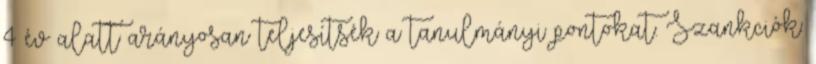
4 év alatt arányosan teljesítsék a tanulmányi pontokat. Szankciók: